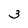
Character: 3